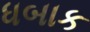
ધબાક